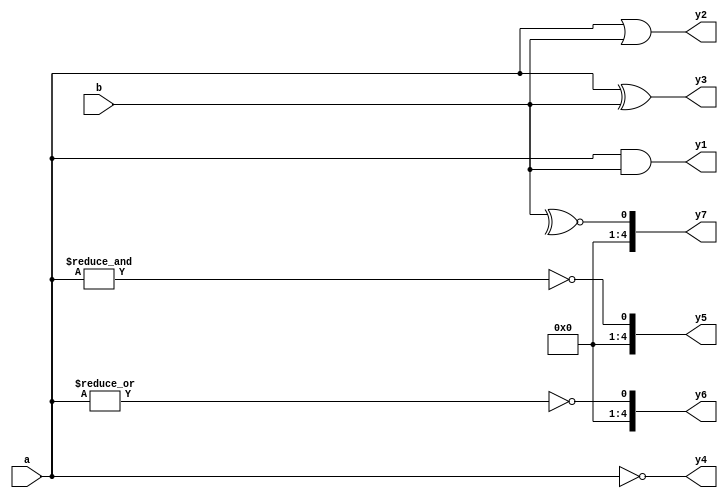
module opbw(input [4:0]a,
            input [4:0]b,
            output reg [4:0]y1,
            output reg [4:0]y2,
            output reg [4:0]y3,
            output reg [4:0]y4,
            output reg [4:0]y5,
            output reg [4:0]y6,
            output reg [4:0]y7);
  always@(*) begin
     y1=a & b;
     y2=a | b;
     y3=a ^ b;
     y4=~a;
     y5=~&a;
     y6=~|a;
     y7=~^b;
  end
endmodule